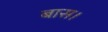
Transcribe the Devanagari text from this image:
बास।